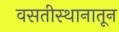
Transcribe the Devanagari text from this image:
वसतीस्थानातून